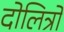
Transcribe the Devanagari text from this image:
दोलित्रों